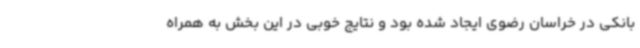
بانکی در خراسان رضوی ایجاد شده بود و نتایج خوبی در این بخش به همراه